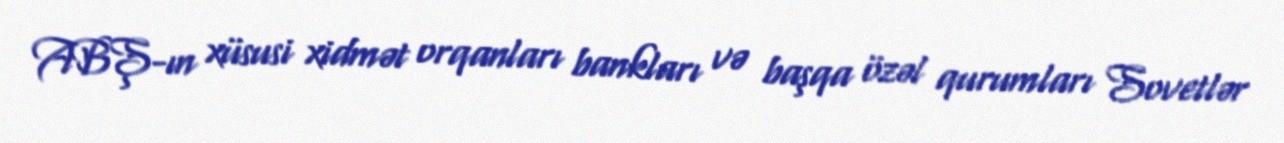
ABŞ-ın xüsusi xidmət orqanları bankları və başqa özəl qurumları Sovetlər